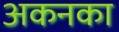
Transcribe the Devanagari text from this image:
अकनका